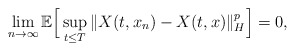
\begin{align*}\lim_{n\rightarrow\infty}\mathbb{E}\Big[ \sup_{t\leq T}\Vert X(t, x_n)-X(t, x)\Vert_H^p \Big] = 0,\end{align*}